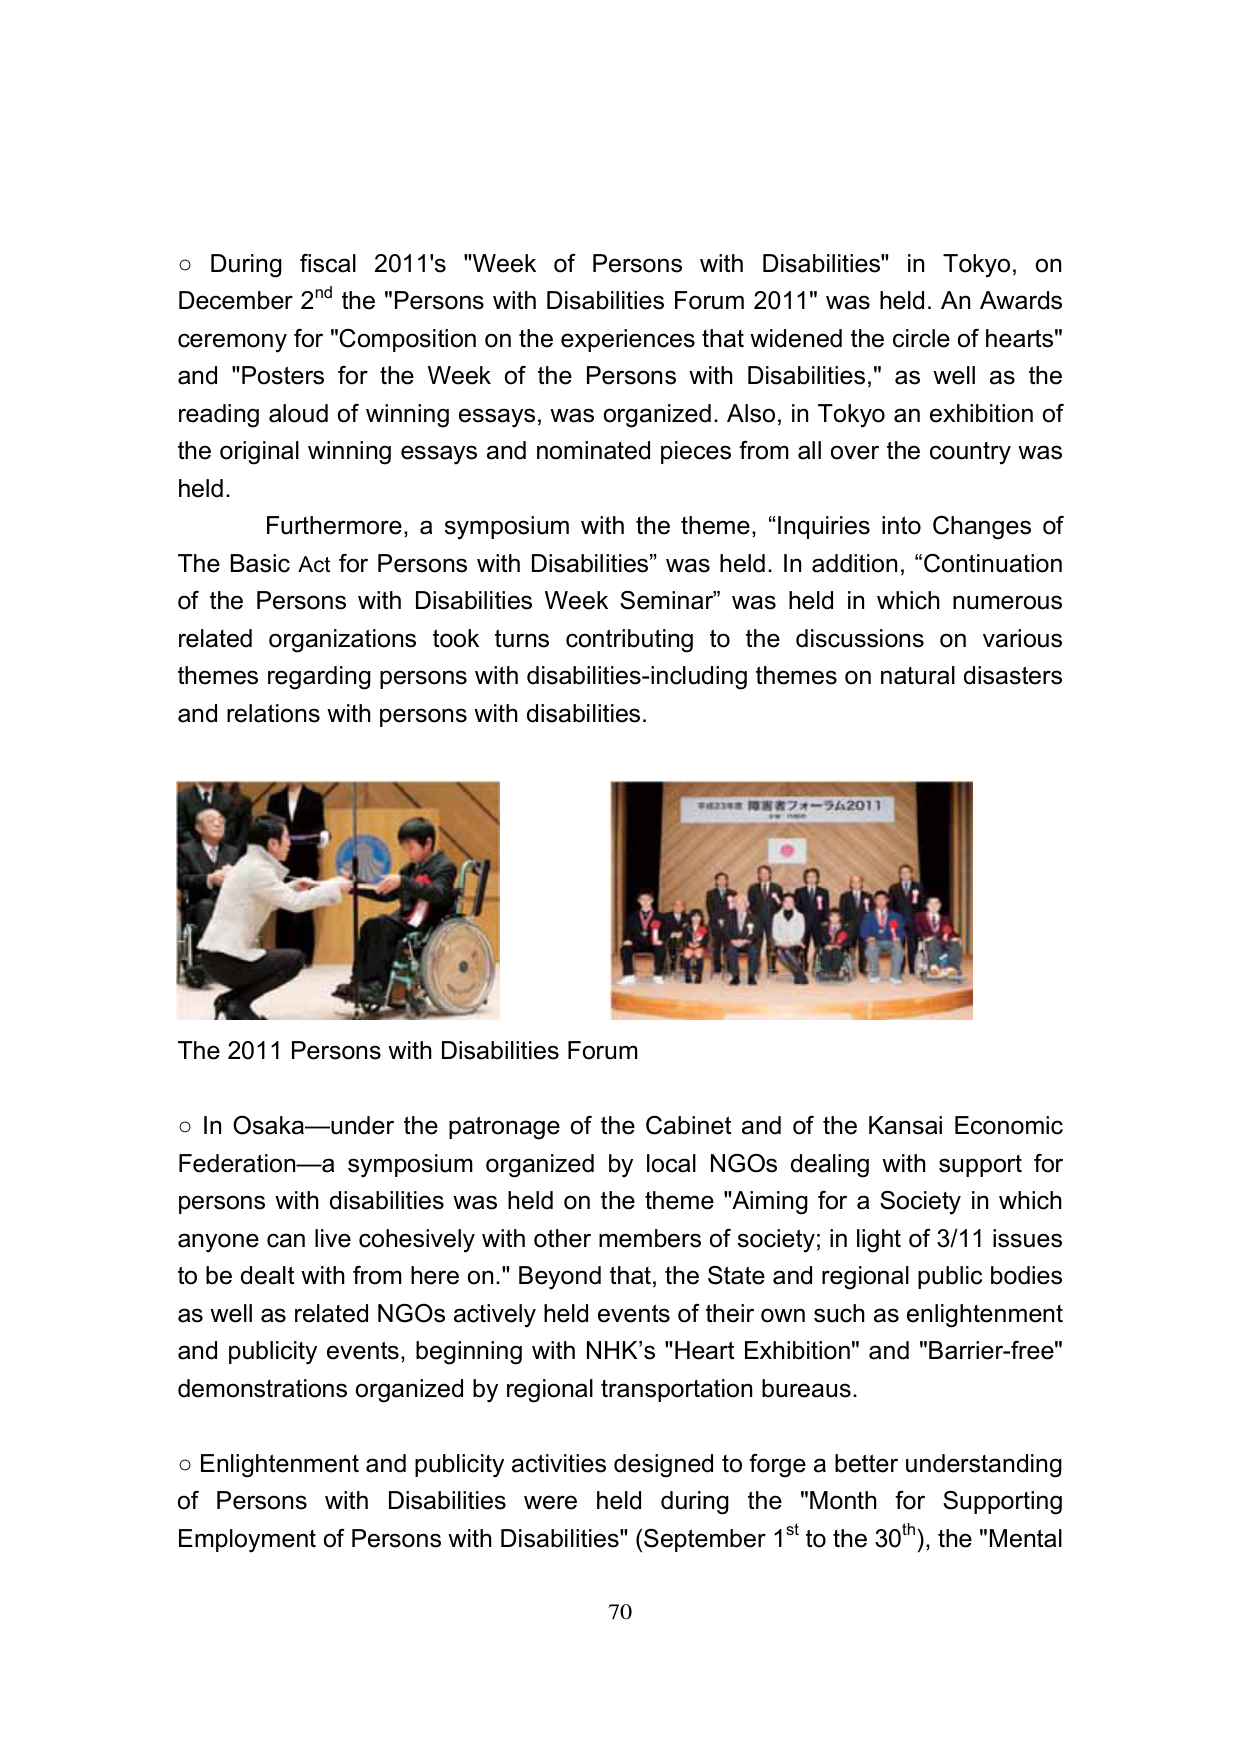
○ During fiscal 2011's "Week of Persons with Disabilities" in Tokyo, on December 2nd the "Persons with Disabilities Forum 2011" was held. An Awards ceremony for "Composition on the experiences that widened the circle of hearts" and "Posters for the Week of the Persons with Disabilities," as well as the reading aloud of winning essays, was organized. Also, in Tokyo an exhibition of the original winning essays and nominated pieces from all over the country was held.

Furthermore, a symposium with the theme, “Inquiries into Changes of The Basic Act for Persons with Disabilities” was held. In addition, “Continuation of the Persons with Disabilities Week Seminar” was held in which numerous related organizations took turns contributing to the discussions on various themes regarding persons with disabilities-including themes on natural disasters and relations with persons with disabilities.

The 2011 Persons with Disabilities Forum

○ In Osaka—under the patronage of the Cabinet and of the Kansai Economic Federation—a symposium organized by local NGOs dealing with support for persons with disabilities was held on the theme "Aiming for a Society in which anyone can live cohesively with other members of society; in light of 3/11 issues to be dealt with from here on." Beyond that, the State and regional public bodies as well as related NGOs actively held events of their own such as enlightenment and publicity events, beginning with NHK’s "Heart Exhibition" and "Barrier-free" demonstrations organized by regional transportation bureaus.

○ Enlightenment and publicity activities designed to forge a better understanding of Persons with Disabilities were held during the "Month for Supporting Employment of Persons with Disabilities" (September 1st to the 30th), the "Mental

70

平成23年度 障害者フォーラム2011